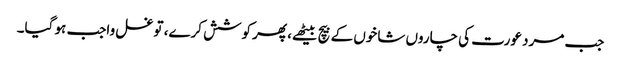
جب مرد عورت کی چاروں شاخوں کے بیچ بیٹھے، پھر کوشش کرے، تو غسل واجب ہو گیا۔